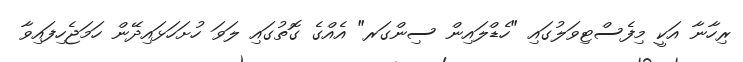
ރިހާނާ އަކީ މިފެސްޓިވަލުގައި "ހެޑްލައިން ސިންގަރ" އެއްގެ ގޮތުގައި ލަވަ ހުށަހަޅައިދޭން ހަމަޖެހިފައިވާ